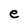
Character: e